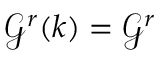
\mathcal G ^ { r } ( k ) = \mathcal G ^ { r }